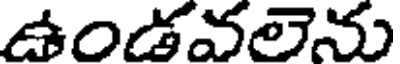
ఉండవలెను